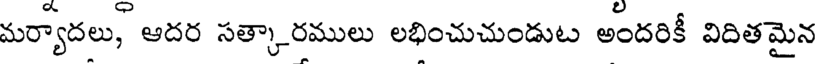
మర్యాదలు, ఆదర సత్కారములు లభించుచుండుట అందరికీ విదితమైన